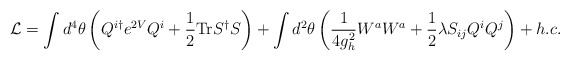
\begin{align*}{\cal L} = \int d^4\theta \left(Q^{i \dagger} e^{2V} Q^{i} + \frac{1}{2} \mbox{Tr} S^{\dagger} S\right) + \int d^2 \theta \left(\frac{1}{4 g^2_h} W^a W^a + \frac{1}{2} \lambda S_{ij} Q^i Q^j\right) + h.c.\end{align*}